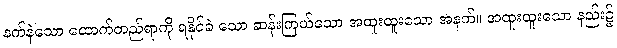
နက်နဲသော ထောက်တည်ရာကို ရနိုင်ခဲ သော ဆန်းကြယ်သော အထူးထူးသော အနက်။ အထူးထူးသော နည်း၌